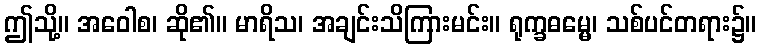
ဤသို့။ အဝေါစ၊ ဆို၏။ မာရိသ၊ အချင်းသိကြားမင်း။ ရုက္ခဓမ္မေ၊ သစ်ပင်တရား၌။